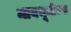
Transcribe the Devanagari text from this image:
मायभूमीच्या